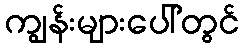
ကျွန်းများပေါ်တွင်